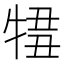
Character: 𤚄